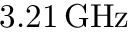
3 . 2 1 \, \mathrm { G H z }